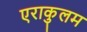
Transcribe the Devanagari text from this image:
एराकुलम